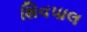
શિવપાલ